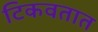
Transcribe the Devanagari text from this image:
टिकवतात